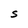
Character: s